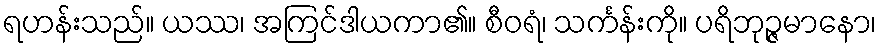
ရဟန်းသည်။ ယဿ၊ အကြင်ဒါယကာ၏။ စီဝရံ၊ သင်္ကန်းကို။ ပရိဘုဉ္ဇမာနော၊